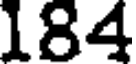
184